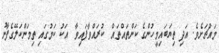
މައްޗަށެވެ. އަދި ތިޔަބައިމީހުންގެ ކަންތައްތައް  ކުރައްވާފައިވާ  އަކު ކަމުގައި ތިމަންކަލޭގެފާނު